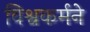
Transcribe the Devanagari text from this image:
विश्वकर्मने